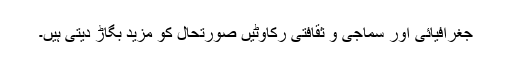
جغرافیائی اور سماجی و ثقافتی رکاوٹیں صورتحال کو مزید بگاڑ دیتی ہیں۔